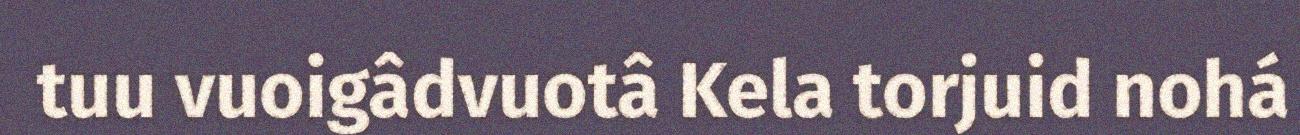
tuu vuoigâdvuotâ Kela torjuid nohá